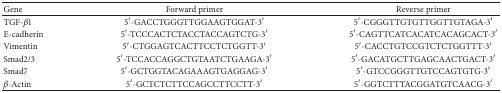
<table><thead><tr><td><b>Gene</b></td><td><b>Forward primer</b></td><td><b>Reverse primer</b></td></tr></thead><tbody><tr><td>TGF-<i>β</i>1</td><td>5′-GACCTGGGTTGGAAGTGGAT-3′</td><td>5′-CGGGTTGTGTTGGTTGTAGA-3′</td></tr><tr><td>E-cadherin</td><td>5′-TCCCACTCTACCTACCAGTCTG-3′</td><td>5′-CAGTTCATCACATCACAGCACT-3′</td></tr><tr><td>Vimentin</td><td>5′-CTGGAGTCACTTCCTCTGGTT-3′</td><td>5′-CACCTGTCCGTCTCTGGTTT-3′</td></tr><tr><td>Smad2/3</td><td>5′-TCCACCAGGCTGTAATCTGAAGA-3′</td><td>5′-GACATGCTTGAGCAACTGACT-3′</td></tr><tr><td>Smad7</td><td>5′-GCTGGTACAGAAAGTGAGGAG-3′</td><td>5′-GTCCGGGTTGTCCAGTGTG-3′</td></tr><tr><td><i>β</i>-Actin</td><td>5′-GCTCTCTTCCAGCCTTCCTT-3′</td><td>5′-GGTCTTTACGGATGTCAACG-3′</td></tr></tbody></table>